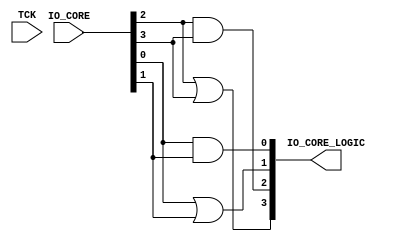
module core_logic
(
    input           TCK
,   input  [3:0]    IO_CORE
,   output [3:0]    IO_CORE_LOGIC
);

assign IO_CORE_LOGIC[0] = IO_CORE[0] & IO_CORE[1];
assign IO_CORE_LOGIC[1] = IO_CORE[0] | IO_CORE[1];         
assign IO_CORE_LOGIC[2] = IO_CORE[2] & IO_CORE[3];         
assign IO_CORE_LOGIC[3] = IO_CORE[2] | IO_CORE[3];         

endmodule